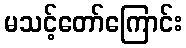
မသင့်တော်ကြောင်း